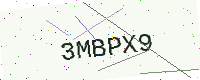
Text: 3MBPX9